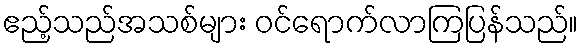
ဧည့်သည်အသစ်များ ဝင်ရောက်လာကြပြန်သည်။